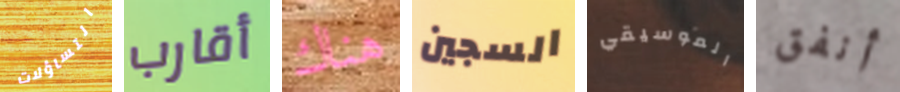
التساؤلات أقارب هناك السجين الموسيقي أنفق